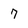
Character: 7